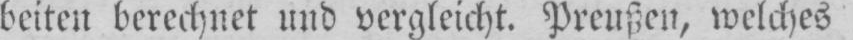
beiten berechnet und vergleicht. Preußen, welches